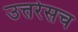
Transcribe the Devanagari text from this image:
उत्तरेसच